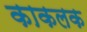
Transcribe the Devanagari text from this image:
काकलक